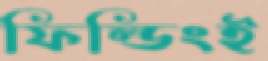
ফিল্ডিংই